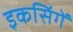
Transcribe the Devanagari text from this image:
इकसिंगें